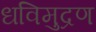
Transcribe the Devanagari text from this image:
धविमुद्रण